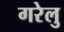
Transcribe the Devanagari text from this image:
गरेलु